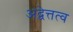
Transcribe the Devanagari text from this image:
अद्वेत्तत्व